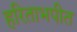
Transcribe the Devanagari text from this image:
हरिताभपीत